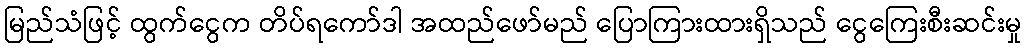
မြည်သံဖြင့် ထွက်ငွေက တိပ်ရကော်ဒါ အထည်ဖော်မည် ပြောကြားထားရှိသည် ငွေကြေးစီးဆင်းမှု